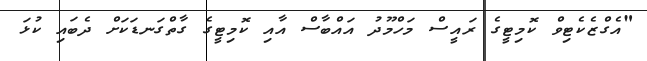
"އެގްޒެކެޓިވް ކޮމިޓީގެ ރައީސް މަހްމޫދު އައްބާސް އާއި ކޮމިޓީގެ ގާތްގަނޑަކަށް ދެބައި ކުޅަ